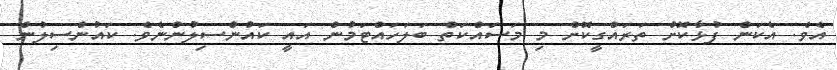
އެވެ. އެކަން ފުޅާކޮށް ތަރައްގީކޮށް މި މަސައްކަތް ބަލަހައްޓަމުން އައީ ކައުންސިލުންނެވެ. ކައުންސިލުން